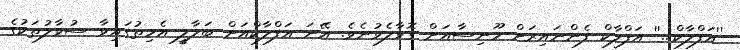
''އަފްލާކް...'' އަފްލާކް ފެންނައިރަށް މޫނިސާއަށް ގޮވާލެވުނެވެ. އޭނަ އަފްލާކްއަށް ބަލާލީ އެހިތުގައިވާ ސުވާލުތަކުގެ